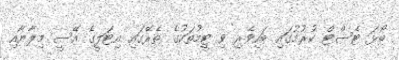
ބޯޅަ ޓެސްޓް ކުރުމުގައި ބައިވެރި ވި ޓީމުތަކުގެ ތެރޭގައި އިޓަލީގެ އޭސީ މިލާނާއި